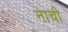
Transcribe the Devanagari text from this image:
नाची